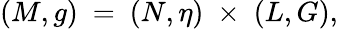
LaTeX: (M,g)\ =\ (N,\eta)\; \times\; (L,G),